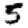
Digit: 5